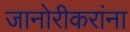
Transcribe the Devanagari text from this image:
जानोरीकरांना